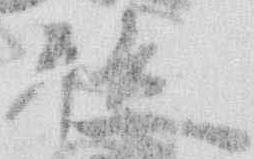
位